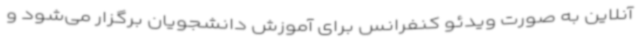
آنلاین به صورت ویدئو کنفرانس برای آموزش دانشجویان برگزار می‌شود و